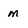
Character: m